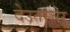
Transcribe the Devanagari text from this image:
देउतस्चेर